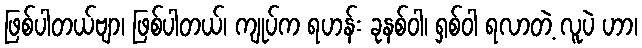
ဖြစ်ပါတယ်ဗျာ၊ ဖြစ်ပါတယ်၊ ကျုပ်က ရဟန်း ခုနစ်ဝါ၊ ရှစ်ဝါ ရလာတဲ့ လူပဲ ဟာ၊